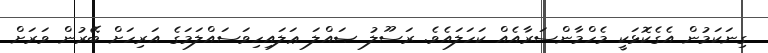
ގިނަކަމުން އެގެކޮޅަކީ މެހްމާންސަރާއެއް ކަހަލައެވެ. ރަސޫލު ޞައްލަ ޢަލައިހިވަސައްލަމަގެ އަރިހަށް ބޭރުން ވަރަށް